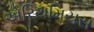
એરિથમિયસ